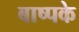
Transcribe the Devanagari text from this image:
बाष्पके